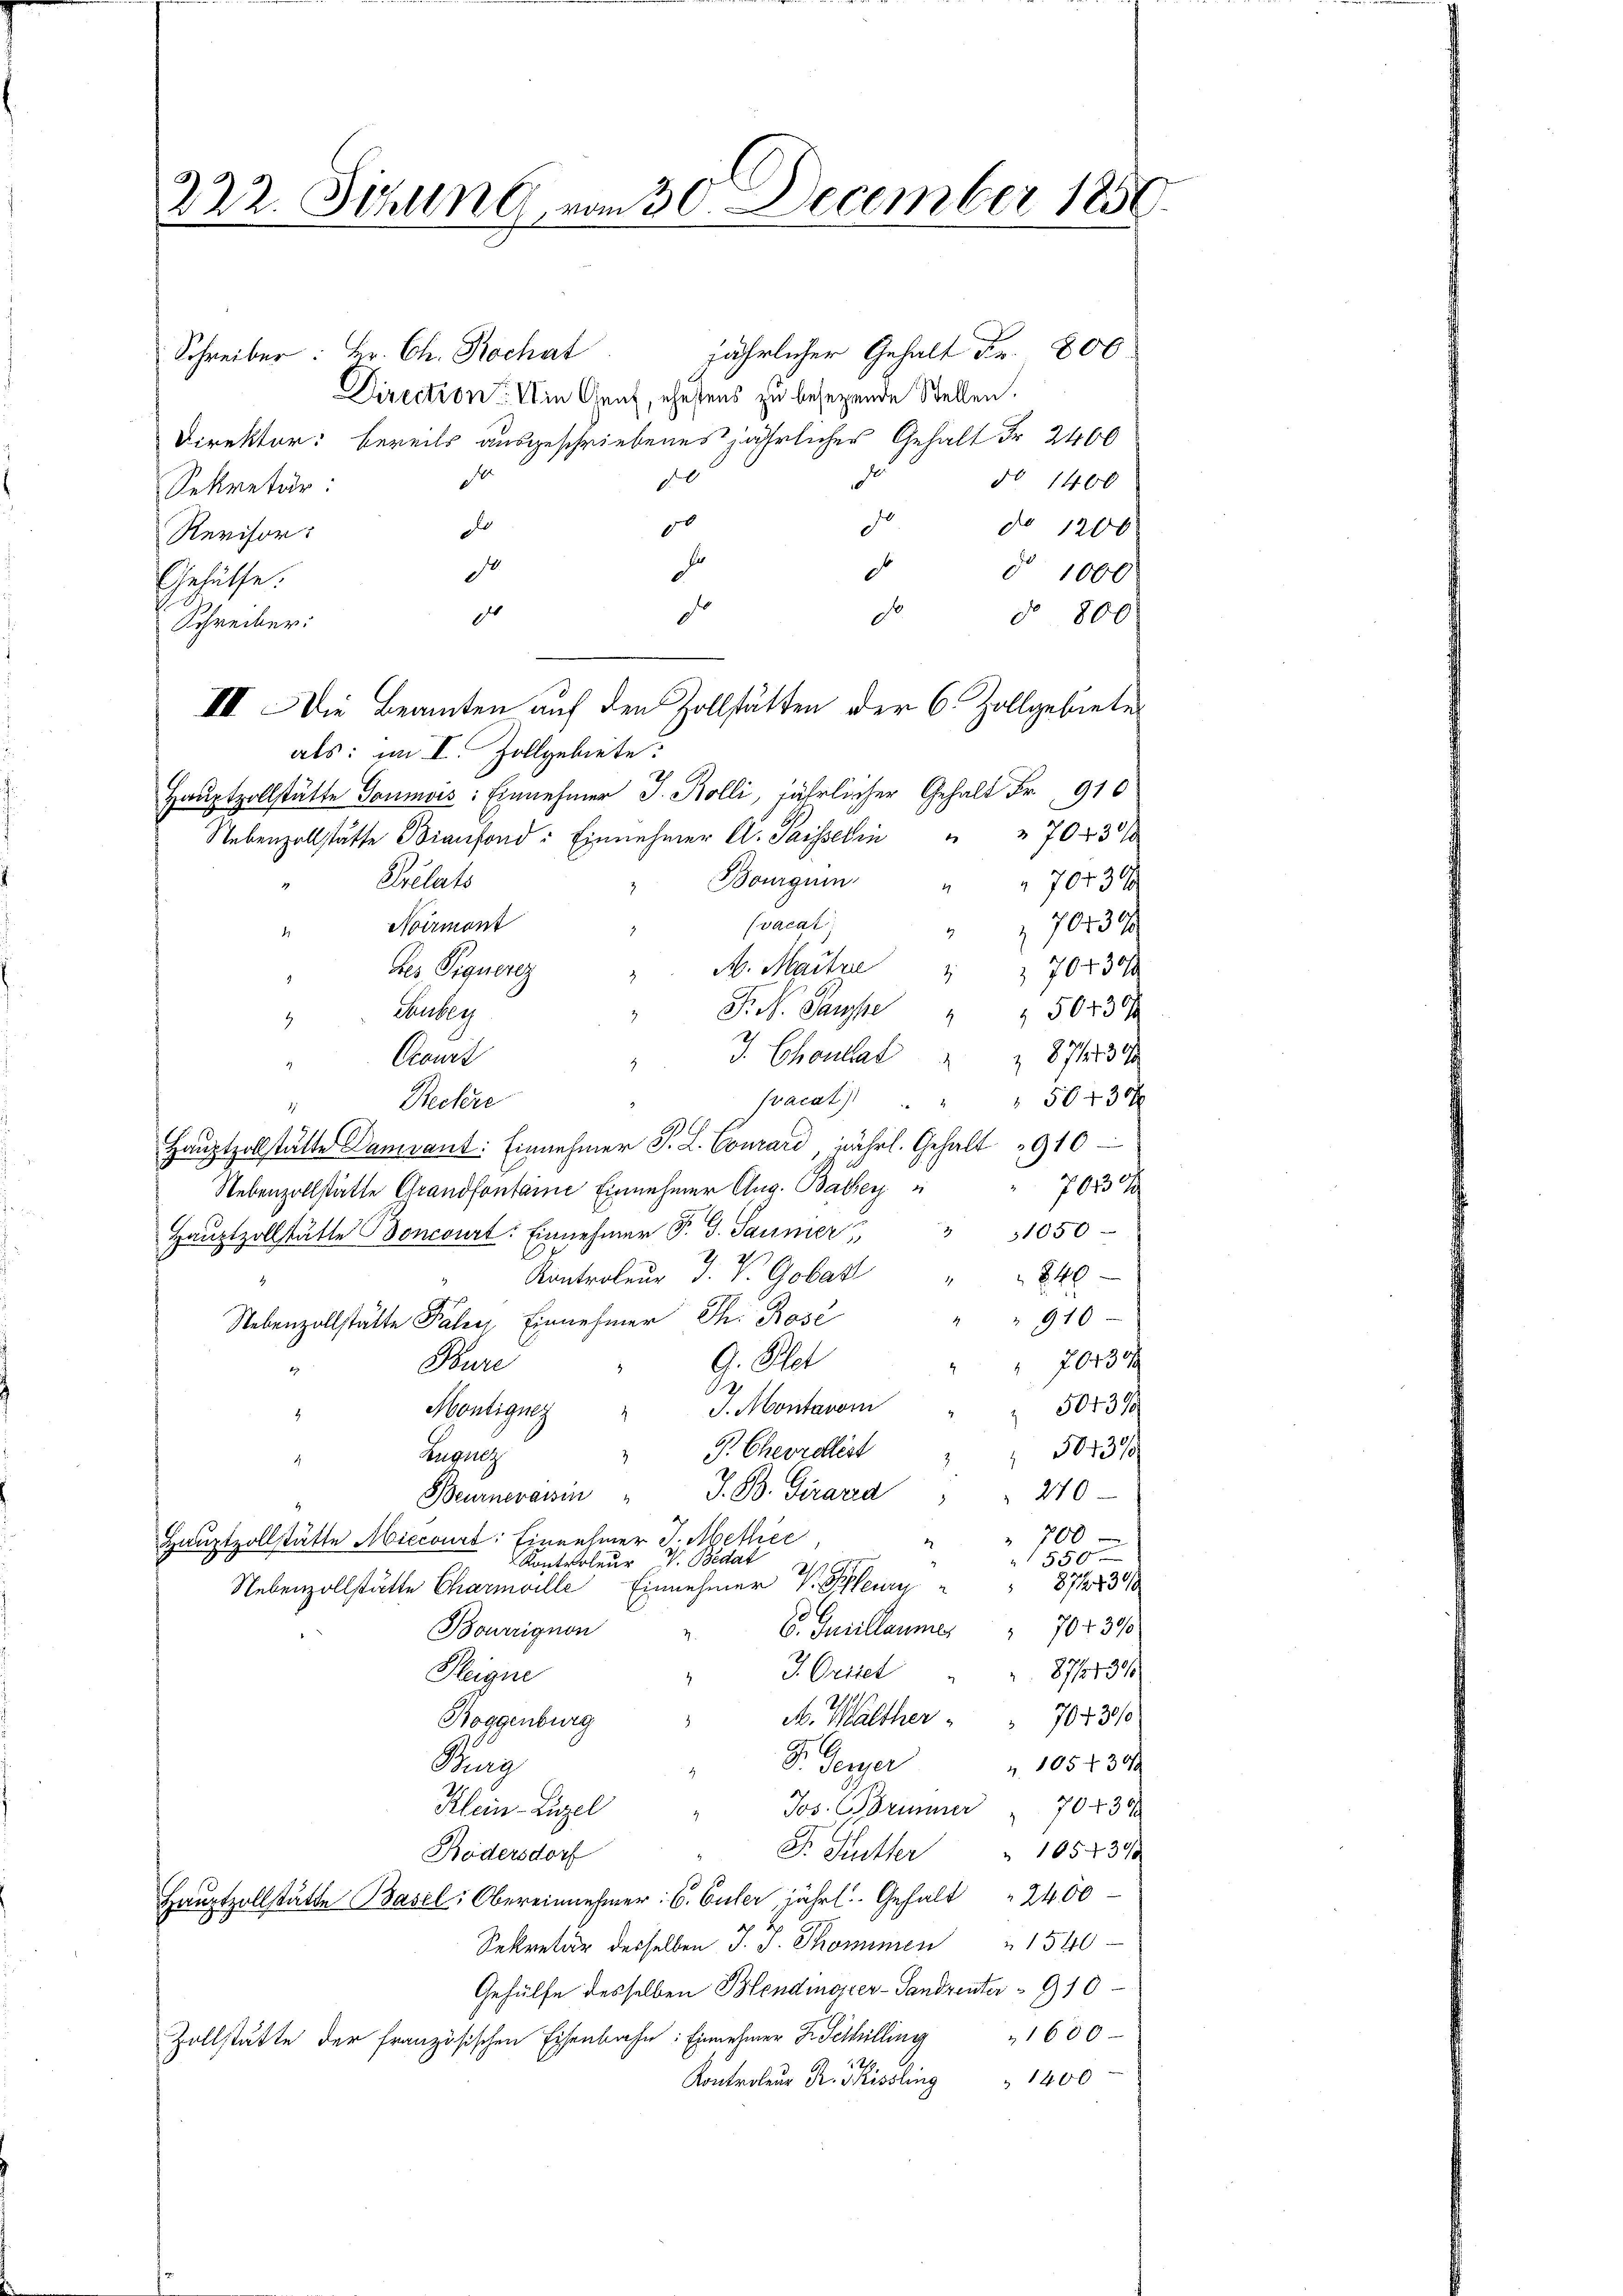
jährlicher Gehalt Fr. 800
Schreiber: Hr. Ch. Rochat
Direction. Die Genf, ehestens zu besezende Stellen.
Direktor: bereits ausgeschriebenes jährlicher Gehalt Fr. 2400
e
d
No 1400
d
Rekretär:
0
de
do 1200
d
Revisor:
Fr
de
d
d° 1000
Gehülfe.
d
do
d
do 800
Schreiber:
IIII. Die Beamten auf den Zollstätten der 6. Zollgebietes
als: im I. Zollgebiete:
Hauptzollstätte Goumois: Einnehmer J. Bolli, jährlicher Gehalt Fr. 910
Nebenzollstätte Bianfond : Einnehmer A. Passelin " " 70230/
Bourguin
Chrelats
70430
vacat
Noirmont
 701390
bes Piquerez " M. Maitre
704300
S. Pause 504 3
Tauber
4
2
d. Chantal 2 871230
Comit
1
vacat)
 56 430 x
Reckere
Hauptzollstätte Damiant: Einnehmer S. L. Courard, jährl. Gehalt 1910
703
Nebenzollstätte Grandfontaine Einnehmer Aug. Balber
Haŭptzollstätte Boncourt: Einnehmer P. G. Saunier " " 1050
2
240
" Kontroleur d. V. Gobas "
4
" " 910
Nebenzollstätte Paler Einnehmer Th. Rose
9. Pet
Puri
70430
2
d
S
J. Montavoi
50431
Montigner
4
2
 P. Chevrollist
5013%
Zugang
" 270
Beunerawin " J. B. Giraria
" 700
Hauptzollstätte Miecours: Einnehmer J. Methiee
550
Kontroleur V. Bestat
872739
Einnehmer V. Schlerry
Nebenzollstätte Charmville
d
70 f 300
Bourrignon
6. Juillaume,
7.
9139
J. Oritet
Pleigne
M. Walther " " 7043/0
Boggenburg
.
D. Gener
Kung
 105 f 30
Klein-Züzel " Jos. Grimmer " 70430
Fr Kutter " 1052390
Bödersdorf
Hauptzollstätte Basel: Obereinnehmer: C. Culer, jährl. Gehalt " 2400
Sekretär derselben J. J. Thommen " 1540
Gehülfe desselben Blendiater-Tandrenter - 910
Zollstätte der französischen Eisenbahn: Einnehmer Fr. Tethilling 1600
Kontroleur Dr. Missling " 1400

222. Sihlen vom 30. December 1850.